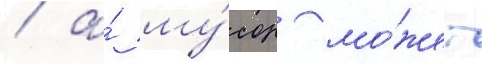
/ а́ му́сор мо́жет